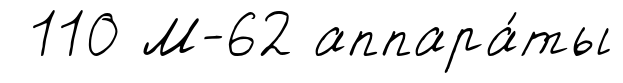
110 М-62 аппара́ты